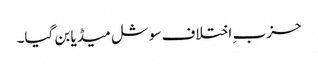
حزب ِ اختلاف سوشل میڈیا بن گیا۔